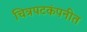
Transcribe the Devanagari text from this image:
चित्रपटकंपनीत